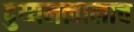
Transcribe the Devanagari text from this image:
दुय्यमत्वालाच